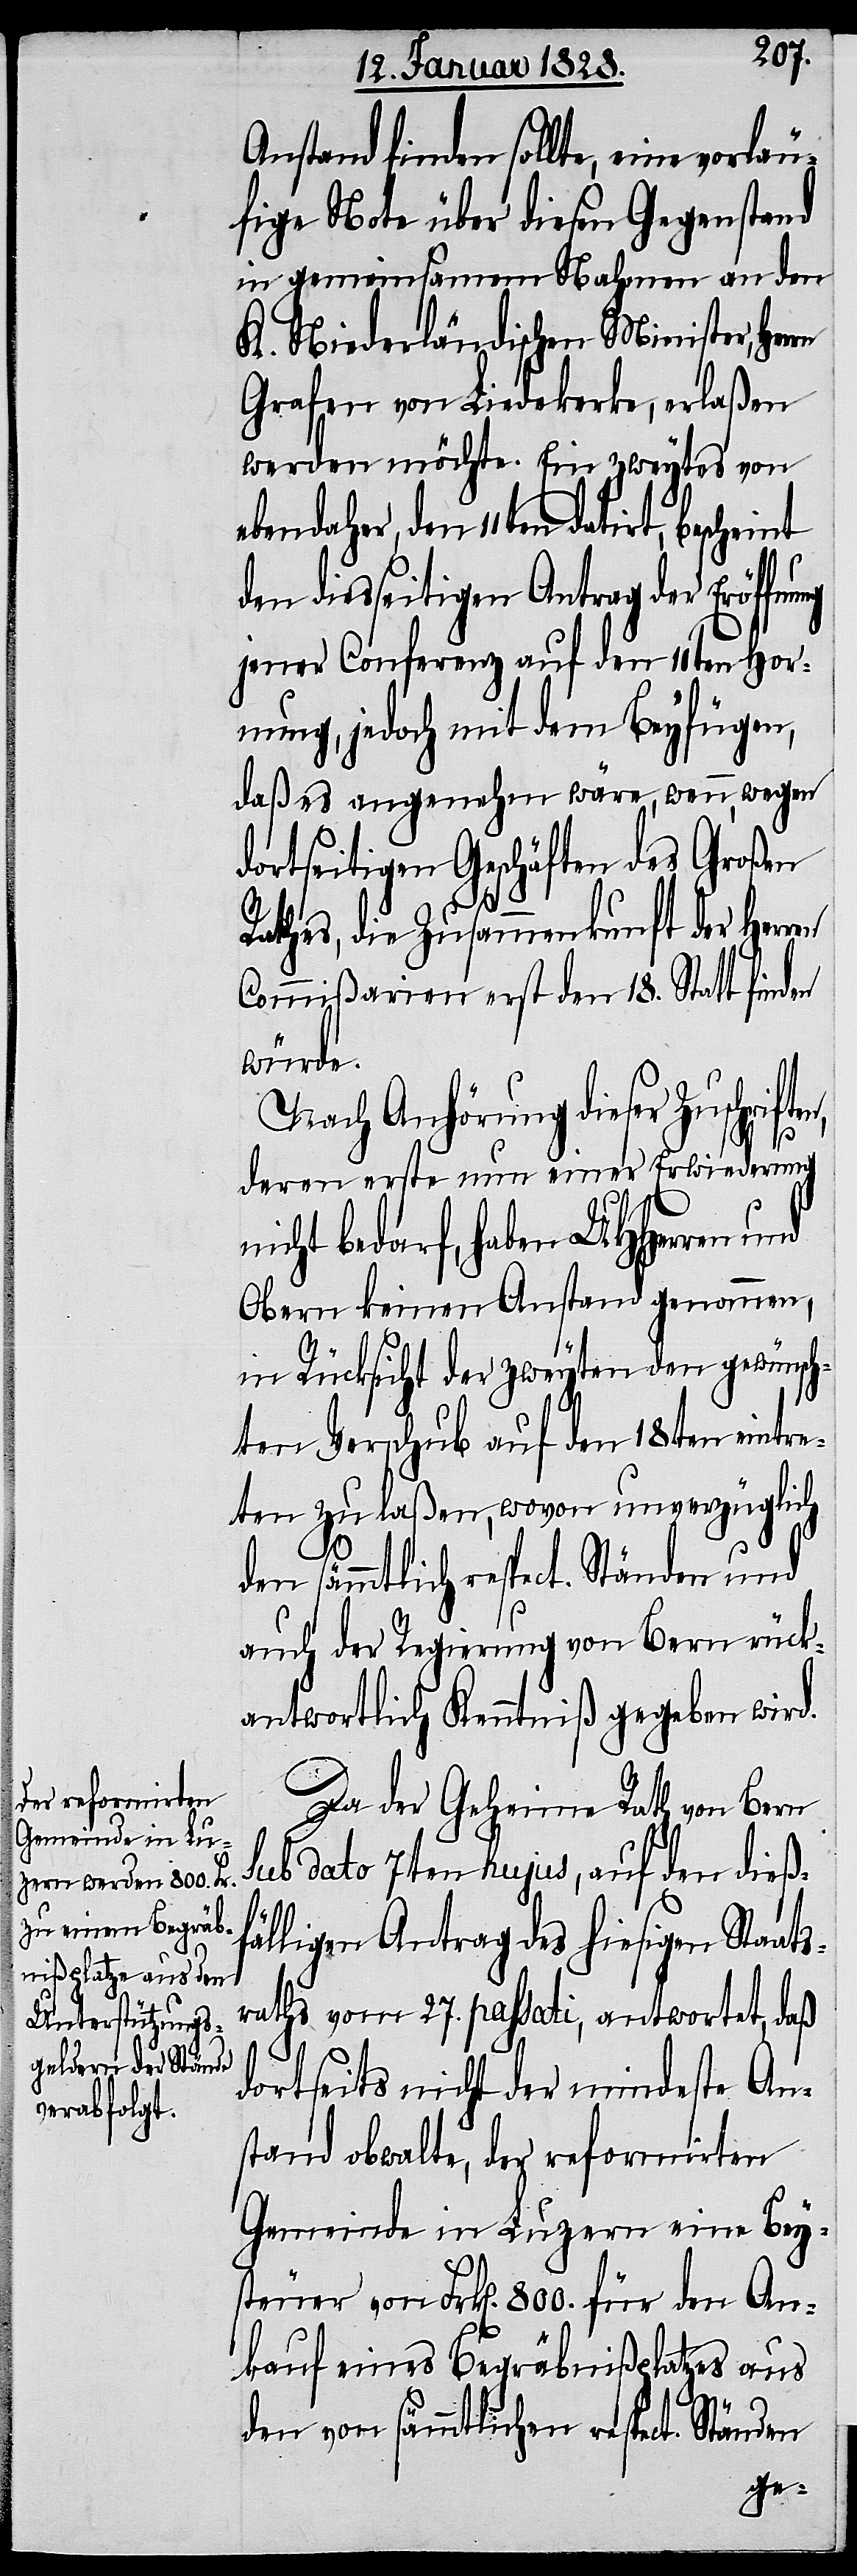
Anstand finden sollte, eine vorläu¬
fige Note über diesen Gegenstand
in gemeinsamem Nahmen an den
K. Niederländischen Minister, Her¬
Grafen von Liedekerke, erlaßen
werden möchte. Ein zweytes von
ebendaher, den 11ten datirt,
den diesseitigen Antrag der Eröffn¬
jener Conferenz auf den 11ten Hor¬
nung, jedoch mit dem Beyfügen,
daß es angenehm wäre, wenn, wegen
dortseitigen Geschäften des Großen
Rathes, die Zusammenkunft der Herren
Commißarien erst den 18. Statt finden
würde.
Nach Anhörung dieser Zuschrifte¬
n,
deren erste nun einer Erwiederung n¬
icht bedarf, haben UHHerren und
Obern keinen Anstand genommen,
in Rücksicht der zweyten den gewünsch¬
ten Verschub auf den 18ten eintre¬
ten zu laßen, wovon unverzüglich
auch der Regierung von Bern rück¬
antwortlich Kenntniß gegeben wird.
Da der Geheime Rath von Bern
sub dato 7ten hujus, auf den dießf¬
älligen Antrag des hiesigen Staat¬
sraths vom 27. passati, antwortet, daß
dortseits nicht der mindeste An¬
stand obwalte, der reformirten
Gemeinde in Luzern eine Bey¬
steuer von Frk[en]. 800. für den An¬
kauf eines Begräbnißplatzes aus
ung
den von sämmtlichen respect. Ständen